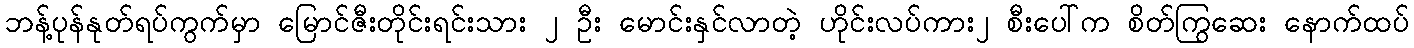
ဘန့်ပုန်နုတ်ရပ်ကွက်မှာ မြောင်ဇီးတိုင်းရင်းသား ၂ ဦး မောင်းနှင်လာတဲ့ ဟိုင်းလပ်ကား၂ စီးပေါ်က စိတ်ကြွဆေး နောက်ထပ်